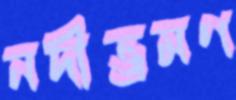
নদীভ্রমণ